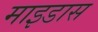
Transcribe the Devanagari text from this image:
माइडास